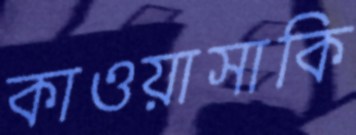
কাওয়াসাকি